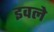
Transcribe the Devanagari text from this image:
इवले